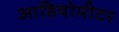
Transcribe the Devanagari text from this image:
आडियोमीटर